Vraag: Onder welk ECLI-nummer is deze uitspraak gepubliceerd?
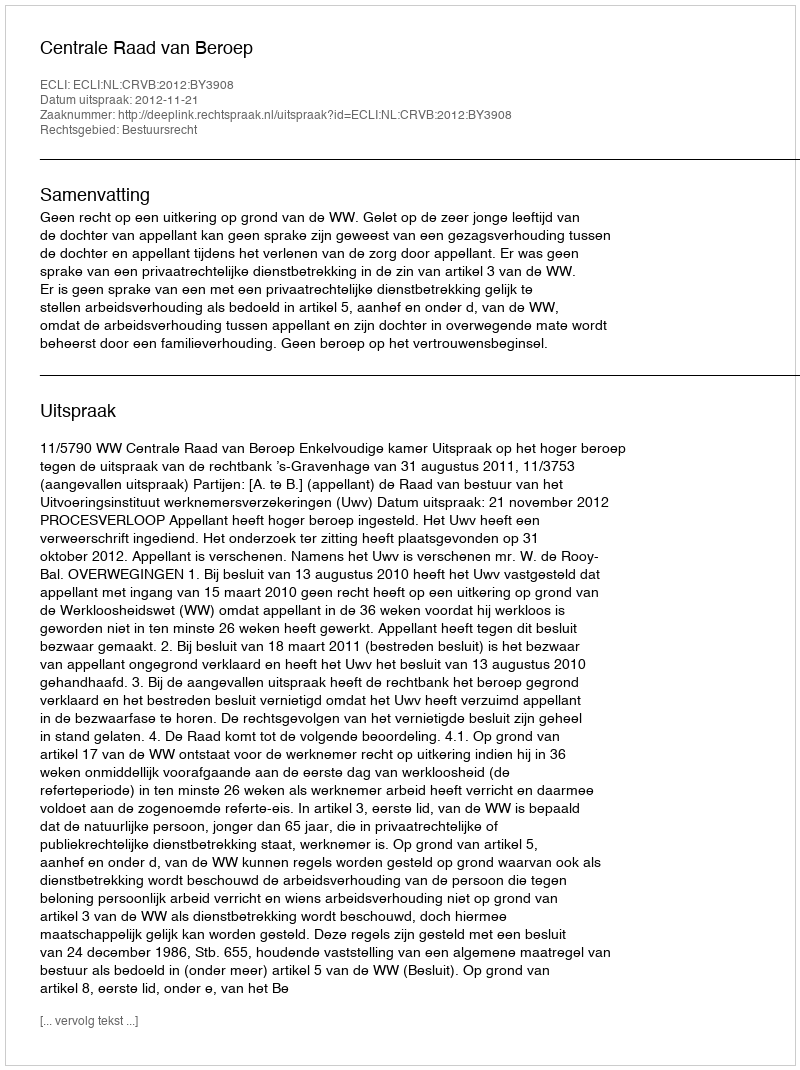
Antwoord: ECLI:NL:CRVB:2012:BY3908